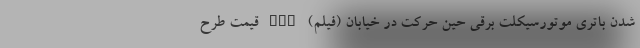
شدن باتری موتورسیکلت برقی حین حرکت در خیابان (فیلم) nan قیمت طرح